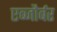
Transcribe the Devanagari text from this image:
एब्जौर्बर